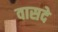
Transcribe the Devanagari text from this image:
वासदे